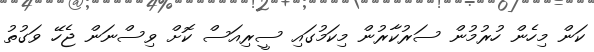
ކަން މިހެން ހުރުމުން ސަރުކާރުން މިކަމުގައި ސީރިއަސް ކޮށް ވިސްނަން ޖެހޭ ވަގުތު